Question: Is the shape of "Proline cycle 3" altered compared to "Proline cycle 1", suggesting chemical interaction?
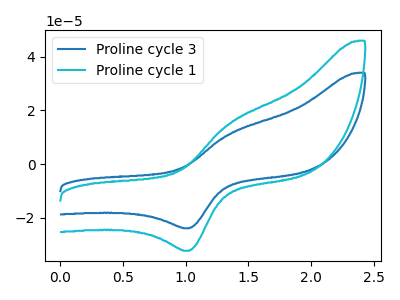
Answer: <think>The blue curve "Proline cycle 3" has an anodic peak at (1.35V, 11.60uA) and a cathodic peak at (1.05V, -23.95uA). The cyan curve "Proline cycle 1" has an anodic peak at (1.35V, 15.65uA) and a cathodic peak at (1.05V, -32.30uA).
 All the peaks in "Proline cycle 3" have a peak in "Proline cycle 1" at the same potential. Every peak in "Proline cycle 3" is lower than every peak in "Proline cycle 1".</think>
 <answer>No, "Proline cycle 3" and "Proline cycle 1" don't appear to be significantly different in shape</answer>
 <eval>no_change</eval>